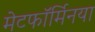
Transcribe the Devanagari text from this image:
मेटफॉर्मिनया